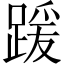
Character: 𫏖